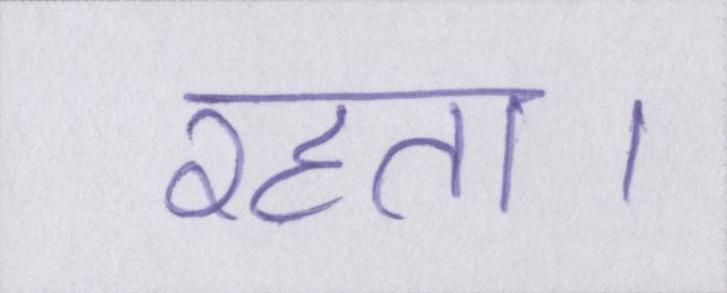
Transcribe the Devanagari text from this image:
रहता।